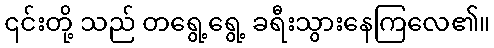
၎င်းတို့ သည် တရွေ့ရွေ့ ခရီးသွားနေကြလေ၏။